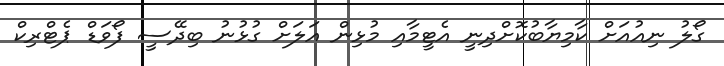
ގޯލު ނިއުއަށް ކާމިޔާބުކޮށްދިނީ އެޓީމާއި މުޅިން އަލަށް ގުޅުނު ބިދޭސީ ފޯވަޑް ޕެޓްރިކް